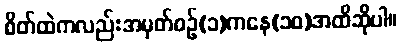
စိတ်ထဲကလည်းအမှတ်စဉ်(၁)ကနေ(၁၀)အထိဆိုပါ။